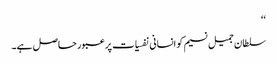
‘‘
سلطان جمیل نسیم کو انسانی نفسیات پر عبور حاصل ہے۔